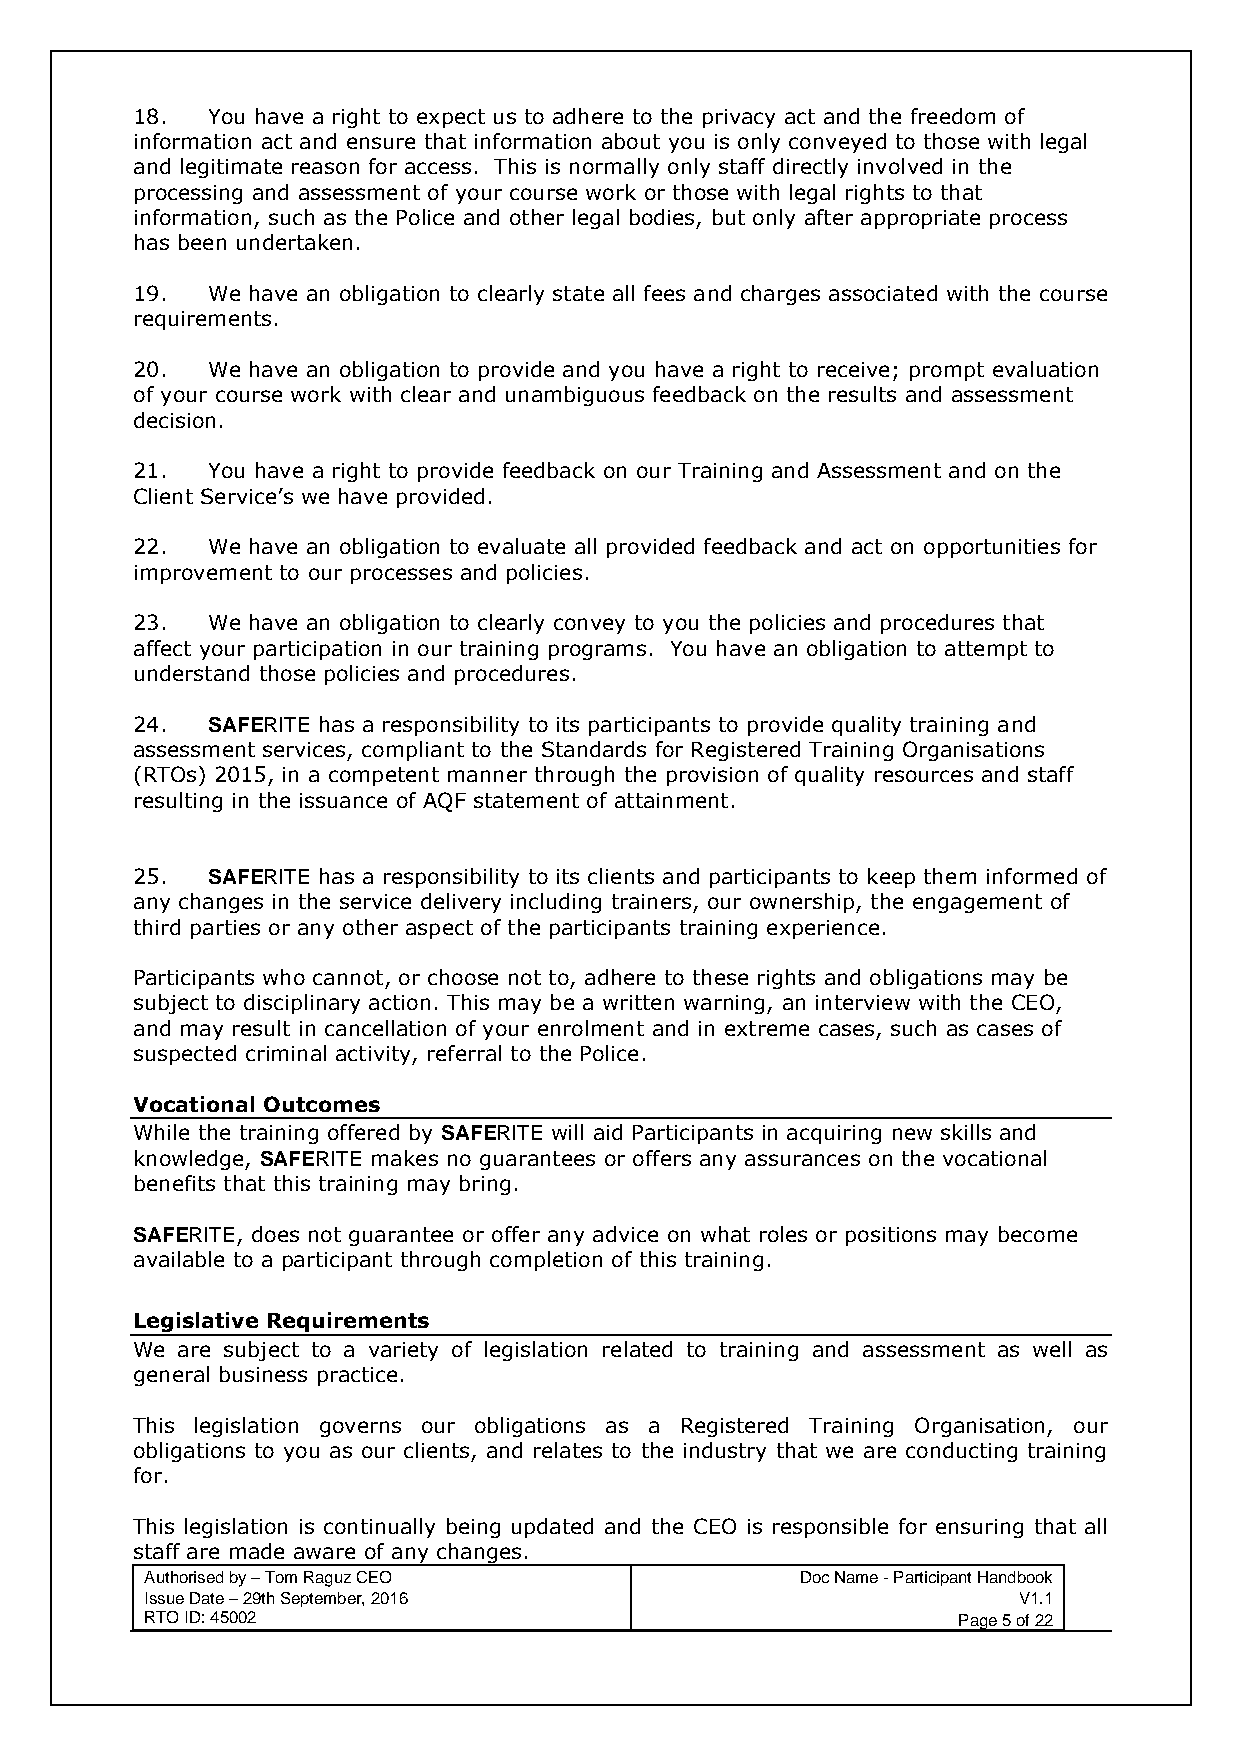
18.  You have a right to expect us to adhere to the privacy act and the freedom of
 information act and ensure that information about you is only conveyed to those with legal
 and legitimate reason for access. This is normally only staff directly involved in the
 processing and assessment of your course work or those with legal rights to that
 information, such as the Police and other legal bodies, but only after appropriate process
 has been undertaken.
 19.  We have an obligation to clearly state all fees and charges associated with the course
 requirements.
 20.  We have an obligation to provide and you have a right to receive; prompt evaluation
 of your course work with clear and unambiguous feedback on the results and assessment
 decision.
 21.  You have a right to provide feedback on our Training and Assessment and on the
 Client Service’s we have provided.
 22.  We have an obligation to evaluate all provided feedback and act on opportunities for
 improvement to our processes and policies.
 23.  We have an obligation to clearly convey to you the policies and procedures that
 affect your participation in our training programs. You have an obligation to attempt to
 understand those policies and procedures.
 24.  SAFERITE has a responsibility to its participants to provide quality training and
 assessment services, compliant to the Standards for Registered Training Organisations
 (RTOs) 2015, in a competent manner through the provision of quality resources and staff
 resulting in the issuance of AQF statement of attainment.
 25.  SAFERITE has a responsibility to its clients and participants to keep them informed of
 any changes in the service delivery including trainers, our ownership, the engagement of
 third parties or any other aspect of the participants training experience.
 Participants who cannot, or choose not to, adhere to these rights and obligations may be
 subject to disciplinary action. This may be a written warning, an interview with the CEO,
 and may result in cancellation of your enrolment and in extreme cases, such as cases of
 suspected criminal activity, referral to the Police.
 Vocational Outcomes
 While the training offered by SAFERITE will aid Participants in acquiring new skills and
 knowledge, SAFERITE makes no guarantees or offers any assurances on the vocational
 benefits that this training may bring.
 SAFERITE, does not guarantee or offer any advice on what roles or positions may become
 available to a participant through completion of this training.
 Legislative Requirements
 We are subject to a variety of legislation related to training and assessment as well as
 general business practice.
 This legislation governs our obligations as a Registered Training Organisation, our
 obligations to you as our clients, and relates to the industry that we are conducting training
 for.
 This legislation is continually being updated and the CEO is responsible for ensuring that all
 staff are made aware of any changes.
 Authorised by – Tom Raguz CEO              Doc Name - Participant Handbook
 Issue Date – 29th September, 2016                        V1.1
 RTO ID: 45002                                        Page 5 of 22